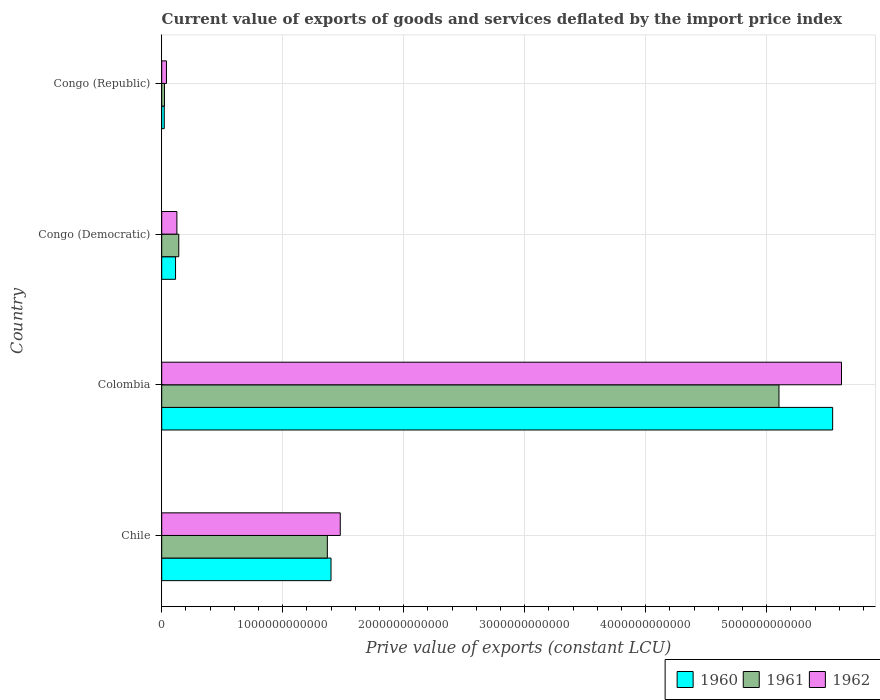
| Country | 1960 | 1961 | 1962 |
 | --- | --- | --- | --- |
 | Chile | 1.4e+12 | 1.37e+12 | 1.48e+12 |
 | Colombia | 5.54e+12 | 5.1e+12 | 5.62e+12 |
 | Congo (Democratic) | 1.14e+11 | 1.41e+11 | 1.25e+11 |
 | Congo (Republic) | 2.11e+10 | 2.29e+10 | 3.92e+10 |